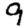
Digit: 9